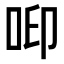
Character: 𠲃